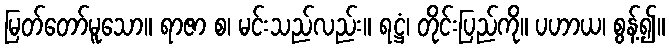
မြတ်တော်မူသော။ ရာဇာ စ၊ မင်းသည်လည်း။ ရဋ္ဌံ၊ တိုင်းပြည်ကို။ ပဟာယ၊ စွန့်၍။